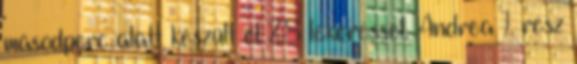
másodperc alatt készült el 28 lekéréssel. Andrea 1. rész